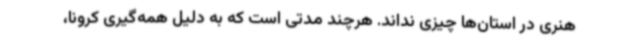
هنری در استان‌ها چیزی نداند. هرچند مدتی است که به دلیل همه‌گیری کرونا،